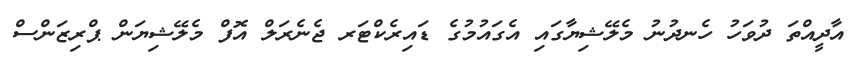
އާދީއްތަ ދުވަހު ހެނދުނު މެލޭޝިޔާގައި އެގައުމުގެ ޑައިރެކްޓަރ ޖެނެރަލް އޮފް މެލޭޝިޔަން ޕްރިޒަންސް